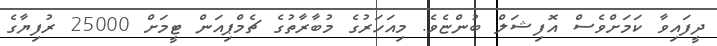
ދީފައިވާ ކަމަށްވެސް އޮފިޝަލް ބުންޏެވެ. މިއަހަރުގެ މުބާރާތުގެ ޗެމްޕިއަން ޓީމަށް 25000 ރުފިޔާގެ